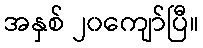
အနှစ် ၂၀ကျော်ပြီ။